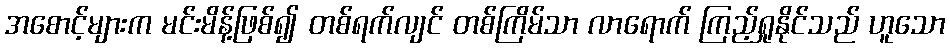
အစောင့်များက မင်းမိန့်ဖြစ်၍ တစ်ရက်လျင် တစ်ကြိမ်သာ လာရောက် ကြည့်ရှုနိုင်သည် ဟူသော